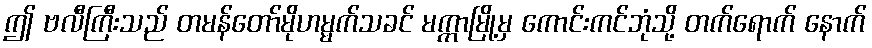
ဤ ဗလီကြီးသည် တမန်တော်မိုဟမ္မက်သခင် မက္ကာမြို့မှ ကောင်းကင်ဘုံသို့ တက်ရောက် နောက်